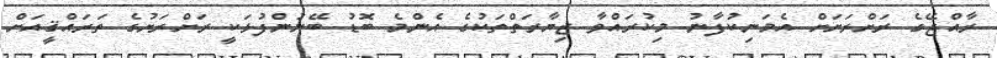
ރާއްޖޭގެ ރަށްރަށަށް އެމަނިކުފާނު މިކުރައްވާ ޒިޔާރަތްތަކުގެ އެންމެ ބޮޑު ބޭނުންފުޅަކީ ރަށްރަށުގެ ތަރައްޤީއަށް